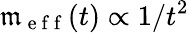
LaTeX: \mathfrak{m}_{\mathrm{{~e~f~f~}}}(t)\propto1/t^{2}